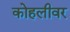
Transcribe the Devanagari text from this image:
कोहलीवर